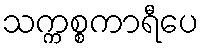
သက္ကစ္စကာရီပေ